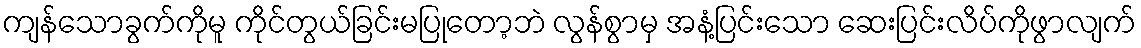
ကျန်သောခွက်ကိုမူ ကိုင်တွယ်ခြင်းမပြုတော့ဘဲ လွန်စွာမှ အနံ့ပြင်းသော ဆေးပြင်းလိပ်ကိုဖွာလျက်